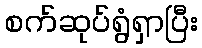
စက်ဆုပ်ရွံရှာပြီး